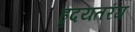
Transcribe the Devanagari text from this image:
हृदयतरंग